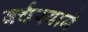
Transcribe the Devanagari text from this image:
वर्चस्वाने